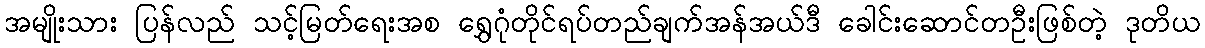
အမျိုးသား ပြန်လည် သင့်မြတ်ရေးအစ ရွှေဂုံတိုင်ရပ်တည်ချက်အန်အယ်ဒီ ခေါင်းဆောင်တဦးဖြစ်တဲ့ ဒုတိယ